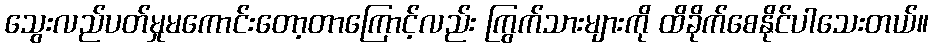
သွေးလည်ပတ်မှုမကောင်းတော့တာကြောင့်လည်း ကြွက်သားများကို ထိခိုက်စေနိုင်ပါသေးတယ်။